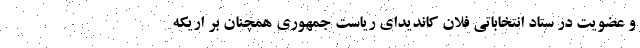
و عضویت در ستاد انتخاباتی فلان کاندیدای ریاست جمهوری همچنان بر اریکه